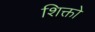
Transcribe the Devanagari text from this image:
शिक्तो